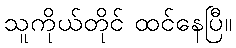
သူကိုယ်တိုင် ထင်နေပြီ။